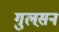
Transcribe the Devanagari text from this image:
गुलस़न